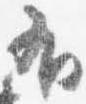
有